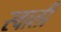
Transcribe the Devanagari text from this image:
स्वाली